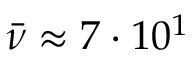
\bar { \nu } \approx 7 \cdot 1 0 ^ { 1 }